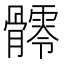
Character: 𩪥